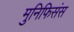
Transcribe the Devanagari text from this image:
मुनिफिसंस